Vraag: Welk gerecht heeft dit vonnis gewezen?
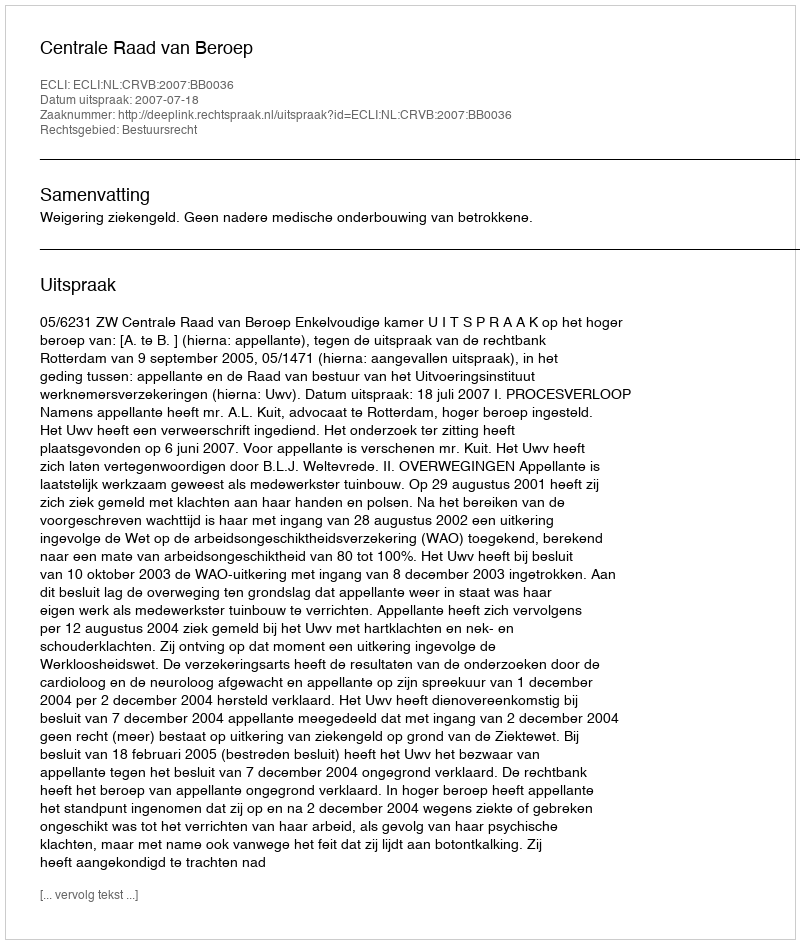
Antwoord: Centrale Raad van Beroep